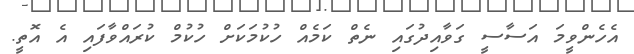
އެހެންވީމަ އަސާސީ ގަވާއިދުގައި ނެތް ކަމެއް ހުކުމަކަށް ހުކުމް ކުރައްވާފައި އެ އޮތީ.